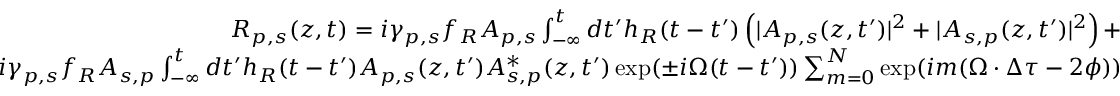
\begin{array} { r } { R _ { p , s } ( z , t ) = i \gamma _ { p , s } f _ { R } A _ { p , s } \int _ { - \infty } ^ { t } d t ^ { \prime } h _ { R } ( t - t ^ { \prime } ) \left( | A _ { p , s } ( z , t ^ { \prime } ) | ^ { 2 } + | A _ { s , p } ( z , t ^ { \prime } ) | ^ { 2 } \right) + } \\ { i \gamma _ { p , s } f _ { R } A _ { s , p } \int _ { - \infty } ^ { t } d t ^ { \prime } h _ { R } ( t - t ^ { \prime } ) A _ { p , s } ( z , t ^ { \prime } ) A _ { s , p } ^ { * } ( z , t ^ { \prime } ) \exp ( \pm i \Omega ( t - t ^ { \prime } ) ) \sum _ { m = 0 } ^ { N } \exp ( i m ( \Omega \cdot \Delta \tau - 2 \phi ) ) } \end{array}